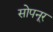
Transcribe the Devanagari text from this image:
सोपनूर